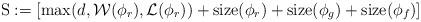
LaTeX: \begin{align*}{\rm S}:=\left[\max(d,\mathcal{W}(\phi_r),\mathcal{L}(\phi_r))+{\rm size}(\phi_r)+{\rm size}(\phi_g)+{\rm size}(\phi_f)\right]\end{align*}